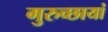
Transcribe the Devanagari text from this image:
गुरुच्छायां